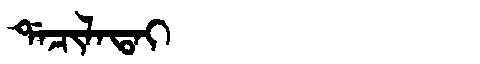
Manchu: ᡩᠠᠴᡳᠯᠠᡨᠠᡳ
Romanization: DACILATAI